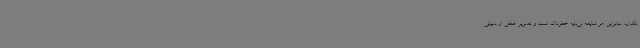
نگذارد. بنابراین هر شایعه بی‌پایه خطرناک است و تصویر غلطی از دنیایی